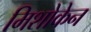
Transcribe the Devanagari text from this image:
मिशोकेन